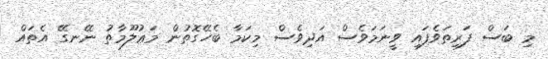
މި ބަސް ފަރިތަވެފައި ވީނަމަވެސް އަދިވެސް މިކަމާ ބެހޭގޮތުން މަޢުލޫމާތު ނޭނގޭ އެތައް